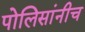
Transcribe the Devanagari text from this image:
पोलिसांनीच